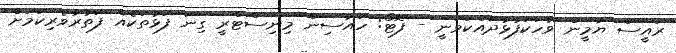
ރައީސް ޔާމީން ވާހަކަފުޅުދައްކަވަނީ - ފޮޓޯ: ހައުސިން މިނިސްޓްރީ ގިނަ ފަޅުތަކެއް ފަތުރުވެރިކަމަށް